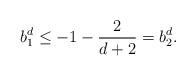
LaTeX: \begin{align*} b^d_1 \leq -1 -\frac{2}{d+2} = b^d_2.\end{align*}